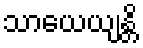
သာယေယျန္တိ